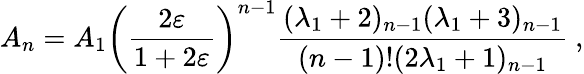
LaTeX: A_{n}=A_{1}\left(\frac{2\varepsilon}{1+2\varepsilon}\right)^{n-1}\frac{(\lambda_{1}+2)_{n-1}(\lambda_{1}+3)_{n-1}}{(n-1)!(2\lambda_{1}+1)_{n-1}}\ ,